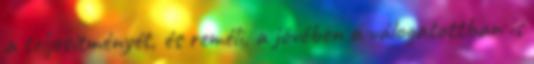
a teljesítményét, és reméli, a jövőben a válogatottban is